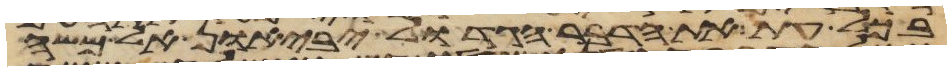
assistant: בכל עת את הדבר הגדול יביאון אל משה